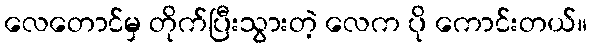
လေတောင်မှ တိုက်ပြီးသွားတဲ့ လေက ပို ကောင်းတယ်။